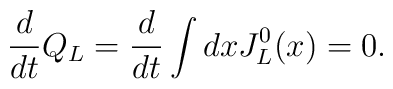
\frac{d}{dt}Q_{L}=\frac{d}{dt}\int dxJ_{L}^{0}(x)=0.